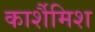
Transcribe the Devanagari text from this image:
कार्शैमिश